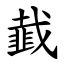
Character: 韯